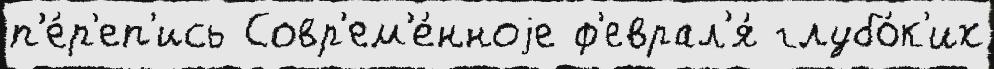
п'е́р'еп'ись Совр'ем'е́нноjе ф'еврал'я́ глубо́к'их